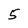
Character: 5